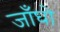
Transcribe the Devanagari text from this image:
जाँघो